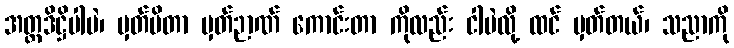
အတ္တဒိဋ္ဌိပါပဲ၊ မှတ်မိတာ မှတ်ဉာဏ် ကောင်းတာ ကိုလည်း ငါပဲလို့ ထင် မှတ်တယ်၊ သညာကို